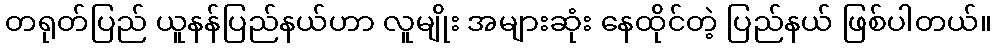
တရုတ်ပြည် ယူနန်ပြည်နယ်ဟာ လူမျိုး အများဆုံး နေထိုင်တဲ့ ပြည်နယ် ဖြစ်ပါတယ်။